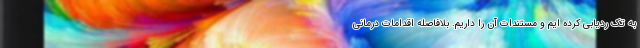
به تک ردیابی کرده ایم و مستندات آن را داریم. بلافاصله اقدامات درمانی